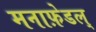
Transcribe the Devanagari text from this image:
मनाफ़ेडल्